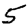
Digit: 5